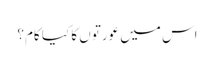
اس میں عورتوں کا کیا کام؟